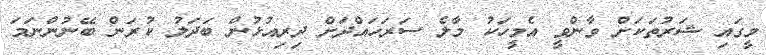
މީގައި ޝަރުތަކަށް ވާންވީ އެމީހަކު މާލެ ސަރަހައްދަށް ދިރިއުޅުން ބަދަލު ކުރަން ބޭނުންނަމަ